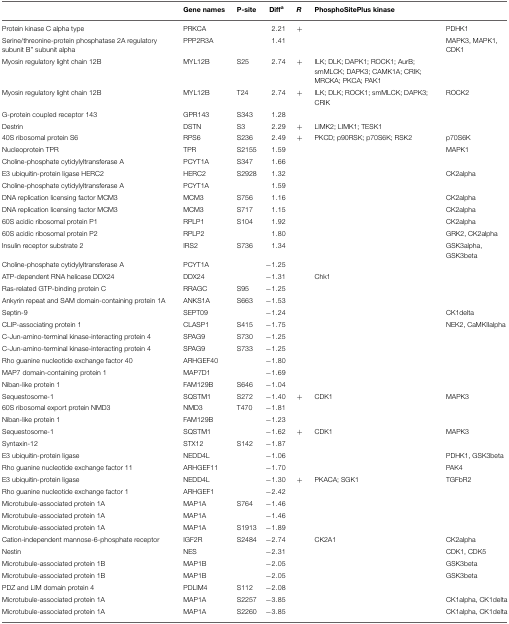
<table><thead><tr><td>[EMPTY_CELL]</td><td><b>Gene names</b></td><td><b>P-site</b></td><td><b>Diff<sup>a</sup></b></td><td><b><i>R</i></b></td><td><b>PhosphoSitePlus kinase</b></td><td>[EMPTY_CELL]</td></tr></thead><tbody><tr><td>Protein kinase C alpha type</td><td>PRKCA</td><td>[EMPTY_CELL]</td><td>2.21</td><td>+</td><td>[EMPTY_CELL]</td><td>PDHK1</td></tr><tr><td>Serine/threonine-protein phosphatase 2A regulatory subunit B” subunit alpha</td><td>PPP2R3A</td><td>[EMPTY_CELL]</td><td>1.41</td><td>[EMPTY_CELL]</td><td>[EMPTY_CELL]</td><td>MAPK3, MAPK1, CDK1</td></tr><tr><td>Myosin regulatory light chain 12B</td><td>MYL12B</td><td>S25</td><td>2.74</td><td>+</td><td>ILK; DLK; DAPK1; ROCK1; AurB; smMLCK; DAPK3; CAMK1A; CRIK; MRCKA; PKCA; PAK1</td><td>[EMPTY_CELL]</td></tr><tr><td>Myosin regulatory light chain 12B</td><td>MYL12B</td><td>T24</td><td>2.74</td><td>+</td><td>ILK; DLK; ROCK1; smMLCK; DAPK3; CRIK</td><td>ROCK2</td></tr><tr><td>G-protein coupled receptor 143</td><td>GPR143</td><td>S343</td><td>1.28</td><td>[EMPTY_CELL]</td><td>[EMPTY_CELL]</td><td>[EMPTY_CELL]</td></tr><tr><td>Destrin</td><td>DSTN</td><td>S3</td><td>2.29</td><td>+</td><td>LIMK2; LIMK1; TESK1</td><td>[EMPTY_CELL]</td></tr><tr><td>40S ribosomal protein S6</td><td>RPS6</td><td>S236</td><td>2.49</td><td>+</td><td>PKCD; p90RSK; p70S6K; RSK2</td><td>p70S6K</td></tr><tr><td>Nucleoprotein TPR</td><td>TPR</td><td>S2155</td><td>1.59</td><td>[EMPTY_CELL]</td><td>[EMPTY_CELL]</td><td>MAPK1</td></tr><tr><td>Choline-phosphate cytidylyltransferase A</td><td>PCYT1A</td><td>S347</td><td>1.66</td><td>[EMPTY_CELL]</td><td>[EMPTY_CELL]</td><td>[EMPTY_CELL]</td></tr><tr><td>E3 ubiquitin-protein ligase HERC2</td><td>HERC2</td><td>S2928</td><td>1.32</td><td>[EMPTY_CELL]</td><td>[EMPTY_CELL]</td><td>CK2alpha</td></tr><tr><td>Choline-phosphate cytidylyltransferase A</td><td>PCYT1A</td><td>[EMPTY_CELL]</td><td>1.59</td><td>[EMPTY_CELL]</td><td>[EMPTY_CELL]</td><td>[EMPTY_CELL]</td></tr><tr><td>DNA replication licensing factor MCM3</td><td>MCM3</td><td>S756</td><td>1.16</td><td>[EMPTY_CELL]</td><td>[EMPTY_CELL]</td><td>CK2alpha</td></tr><tr><td>DNA replication licensing factor MCM3</td><td>MCM3</td><td>S717</td><td>1.15</td><td>[EMPTY_CELL]</td><td>[EMPTY_CELL]</td><td>CK2alpha</td></tr><tr><td>60S acidic ribosomal protein P1</td><td>RPLP1</td><td>S104</td><td>1.92</td><td>[EMPTY_CELL]</td><td>[EMPTY_CELL]</td><td>CK2alpha</td></tr><tr><td>60S acidic ribosomal protein P2</td><td>RPLP2</td><td>[EMPTY_CELL]</td><td>1.80</td><td>[EMPTY_CELL]</td><td>[EMPTY_CELL]</td><td>GRK2, CK2alpha</td></tr><tr><td>Insulin receptor substrate 2</td><td>IRS2</td><td>S736</td><td>1.34</td><td>[EMPTY_CELL]</td><td>[EMPTY_CELL]</td><td>GSK3alpha, GSK3beta</td></tr><tr><td>Choline-phosphate cytidylyltransferase A</td><td>PCYT1A</td><td>[EMPTY_CELL]</td><td>−1.25</td><td>[EMPTY_CELL]</td><td>[EMPTY_CELL]</td><td>[EMPTY_CELL]</td></tr><tr><td>ATP-dependent RNA helicase DDX24</td><td>DDX24</td><td>[EMPTY_CELL]</td><td>−1.31</td><td>[EMPTY_CELL]</td><td>Chk1</td><td>[EMPTY_CELL]</td></tr><tr><td>Ras-related GTP-binding protein C</td><td>RRAGC</td><td>S95</td><td>−1.25</td><td>[EMPTY_CELL]</td><td>[EMPTY_CELL]</td><td>[EMPTY_CELL]</td></tr><tr><td>Ankyrin repeat and SAM domain-containing protein 1A</td><td>ANKS1A</td><td>S663</td><td>−1.53</td><td>[EMPTY_CELL]</td><td>[EMPTY_CELL]</td><td>[EMPTY_CELL]</td></tr><tr><td>Septin-9</td><td>SEPT09</td><td>[EMPTY_CELL]</td><td>−1.24</td><td>[EMPTY_CELL]</td><td>[EMPTY_CELL]</td><td>CK1delta</td></tr><tr><td>CLIP-associating protein 1</td><td>CLASP1</td><td>S415</td><td>−1.75</td><td>[EMPTY_CELL]</td><td>[EMPTY_CELL]</td><td>NEK2, CaMKIIalpha</td></tr><tr><td>C-Jun-amino-terminal kinase-interacting protein 4</td><td>SPAG9</td><td>S730</td><td>−1.25</td><td>[EMPTY_CELL]</td><td>[EMPTY_CELL]</td><td>[EMPTY_CELL]</td></tr><tr><td>C-Jun-amino-terminal kinase-interacting protein 4</td><td>SPAG9</td><td>S733</td><td>−1.25</td><td>[EMPTY_CELL]</td><td>[EMPTY_CELL]</td><td>[EMPTY_CELL]</td></tr><tr><td>Rho guanine nucleotide exchange factor 40</td><td>ARHGEF40</td><td>[EMPTY_CELL]</td><td>−1.80</td><td>[EMPTY_CELL]</td><td>[EMPTY_CELL]</td><td>[EMPTY_CELL]</td></tr><tr><td>MAP7 domain-containing protein 1</td><td>MAP7D1</td><td>[EMPTY_CELL]</td><td>−1.69</td><td>[EMPTY_CELL]</td><td>[EMPTY_CELL]</td><td>[EMPTY_CELL]</td></tr><tr><td>Niban-like protein 1</td><td>FAM129B</td><td>S646</td><td>−1.04</td><td>[EMPTY_CELL]</td><td>[EMPTY_CELL]</td><td>[EMPTY_CELL]</td></tr><tr><td>Sequestosome-1</td><td>SQSTM1</td><td>S272</td><td>−1.40</td><td>+</td><td>CDK1</td><td>MAPK3</td></tr><tr><td>60S ribosomal export protein NMD3</td><td>NMD3</td><td>T470</td><td>−1.81</td><td>[EMPTY_CELL]</td><td>[EMPTY_CELL]</td><td>[EMPTY_CELL]</td></tr><tr><td>Niban-like protein 1</td><td>FAM129B</td><td>[EMPTY_CELL]</td><td>−1.23</td><td>[EMPTY_CELL]</td><td>[EMPTY_CELL]</td><td>[EMPTY_CELL]</td></tr><tr><td>Sequestosome-1</td><td>SQSTM1</td><td>[EMPTY_CELL]</td><td>−1.62</td><td>+</td><td>CDK1</td><td>MAPK3</td></tr><tr><td>Syntaxin-12</td><td>STX12</td><td>S142</td><td>−1.87</td><td>[EMPTY_CELL]</td><td>[EMPTY_CELL]</td><td>[EMPTY_CELL]</td></tr><tr><td>E3 ubiquitin-protein ligase</td><td>NEDD4L</td><td>[EMPTY_CELL]</td><td>−1.06</td><td>[EMPTY_CELL]</td><td>[EMPTY_CELL]</td><td>PDHK1, GSK3beta</td></tr><tr><td>Rho guanine nucleotide exchange factor 11</td><td>ARHGEF11</td><td>[EMPTY_CELL]</td><td>−1.70</td><td>[EMPTY_CELL]</td><td>[EMPTY_CELL]</td><td>PAK4</td></tr><tr><td>E3 ubiquitin-protein ligase</td><td>NEDD4L</td><td>[EMPTY_CELL]</td><td>−1.30</td><td>+</td><td>PKACA; SGK1</td><td>TGFbR2</td></tr><tr><td>Rho guanine nucleotide exchange factor 1</td><td>ARHGEF1</td><td>[EMPTY_CELL]</td><td>−2.42</td><td>[EMPTY_CELL]</td><td>[EMPTY_CELL]</td><td>[EMPTY_CELL]</td></tr><tr><td>Microtubule-associated protein 1A</td><td>MAP1A</td><td>S764</td><td>−1.46</td><td>[EMPTY_CELL]</td><td>[EMPTY_CELL]</td><td>[EMPTY_CELL]</td></tr><tr><td>Microtubule-associated protein 1A</td><td>MAP1A</td><td>[EMPTY_CELL]</td><td>−1.46</td><td>[EMPTY_CELL]</td><td>[EMPTY_CELL]</td><td>[EMPTY_CELL]</td></tr><tr><td>Microtubule-associated protein 1A</td><td>MAP1A</td><td>S1913</td><td>−1.89</td><td>[EMPTY_CELL]</td><td>[EMPTY_CELL]</td><td>[EMPTY_CELL]</td></tr><tr><td>Cation-independent mannose-6-phosphate receptor</td><td>IGF2R</td><td>S2484</td><td>−2.74</td><td>[EMPTY_CELL]</td><td>CK2A1</td><td>CK2alpha</td></tr><tr><td>Nestin</td><td>NES</td><td>[EMPTY_CELL]</td><td>−2.31</td><td>[EMPTY_CELL]</td><td>[EMPTY_CELL]</td><td>CDK1, CDK5</td></tr><tr><td>Microtubule-associated protein 1B</td><td>MAP1B</td><td>[EMPTY_CELL]</td><td>−2.05</td><td>[EMPTY_CELL]</td><td>[EMPTY_CELL]</td><td>GSK3beta</td></tr><tr><td>Microtubule-associated protein 1B</td><td>MAP1B</td><td>[EMPTY_CELL]</td><td>−2.05</td><td>[EMPTY_CELL]</td><td>[EMPTY_CELL]</td><td>GSK3beta</td></tr><tr><td>PDZ and LIM domain protein 4</td><td>PDLIM4</td><td>S112</td><td>−2.08</td><td>[EMPTY_CELL]</td><td>[EMPTY_CELL]</td><td>[EMPTY_CELL]</td></tr><tr><td>Microtubule-associated protein 1A</td><td>MAP1A</td><td>S2257</td><td>−3.85</td><td>[EMPTY_CELL]</td><td>[EMPTY_CELL]</td><td>CK1alpha, CK1delta</td></tr><tr><td>Microtubule-associated protein 1A</td><td>MAP1A</td><td>S2260</td><td>−3.85</td><td>[EMPTY_CELL]</td><td>[EMPTY_CELL]</td><td>CK1alpha, CK1delta</td></tr></tbody></table>